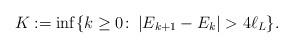
LaTeX: \begin{align*}K := \inf\{k \ge 0 \colon\, |E_{k+1}-E_{k}| > 4 \ell_L \}.\end{align*}